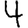
Digit: 4